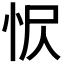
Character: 𢘧